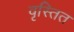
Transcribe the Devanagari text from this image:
वृस्तित